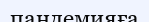
пандемияға